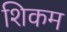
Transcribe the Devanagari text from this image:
शिकम